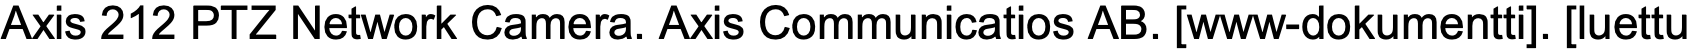
Axis 212 PTZ Network Camera. Axis Communicatios AB. [www-dokumentti]. [luettu